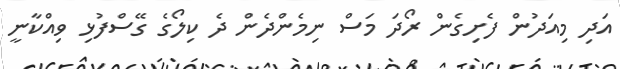
އަދި މިއަދުން ފެށިގެން ރޯދަ މަސް ނިމެންދެން ދެ ކިލޯގެ ގޭސްފުޅި ވިއްކާނީ